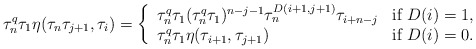
\begin{align*}\tau_n^q\tau_1 \eta(\tau_n\tau_{j+1}, \tau_i)=\left\{ \begin{array}{ll} \tau_n^q\tau_1(\tau_n^q\tau_1)^{n-j-1} \tau_n^{D(i+1,j+1)} \tau_{i+n-j} & \mbox{if~} D(i)=1,\\\tau_n^q\tau_1 \eta(\tau_{i+1}, \tau_{j+1}) & \mbox{if~} D(i)=0.\end{array}\right.\end{align*}